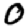
Digit: 0